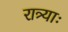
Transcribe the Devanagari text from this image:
रात्र्याः